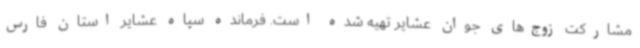
مشارکت زوج‌های جوان عشایر تهیه شده است. فرمانده سپاه عشایر استان فارس